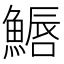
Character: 𩺦